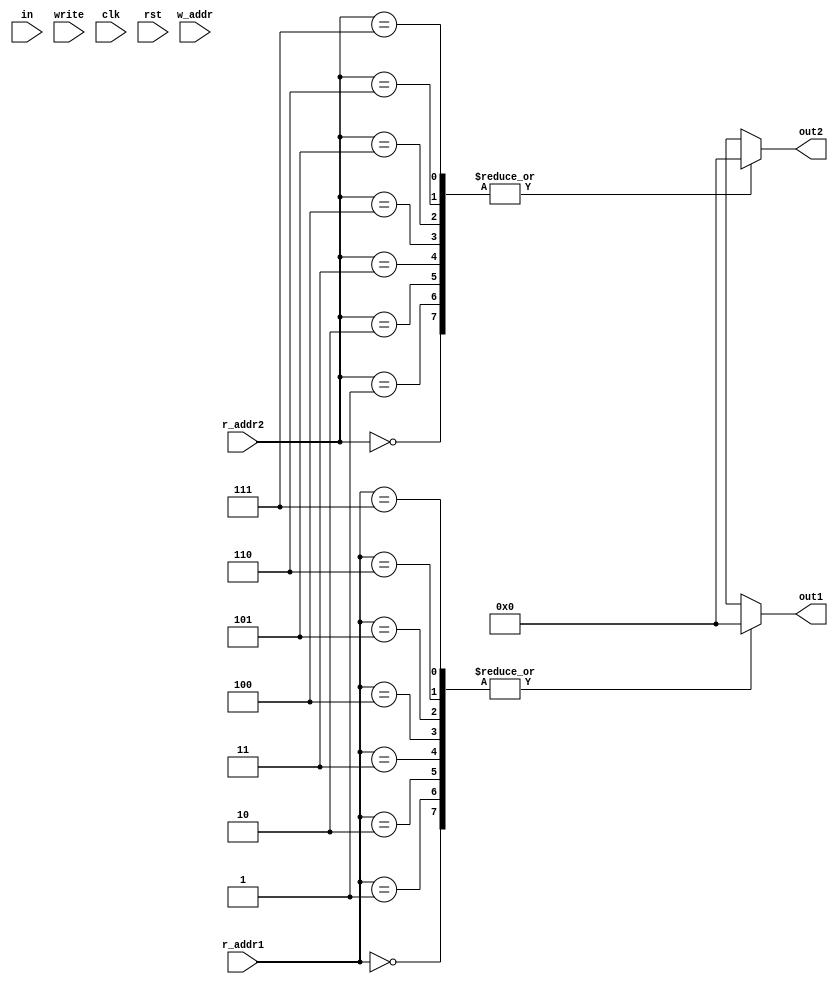
`timescale 1ns/1ps
//`include "clk_gen.v"

module registerFile(in, out1, out2, w_addr, r_addr1, r_addr2, write, clk, rst);
    input write, clk, rst;
    input [2:0] w_addr, r_addr1, r_addr2;
    input [7:0] in;
    output [7:0] out1, out2;

    reg [7:0] regFile [7:0];

    integer i;
    always@(rst == 1) begin
        #2 for (i=0; i<8; i=i+1) begin
            regFile[i] = {8{1'b0}};
        end
    end

    always@(negedge clk && in) begin
        if (write == 1 && rst == 0) begin
            $display("writing - R%d - %b", w_addr, in);
            regFile[{{5{1'b0}}, w_addr}] <= in;
        end
    end

    assign #2 out1 = regFile[r_addr1];
    assign #2 out2 = regFile[r_addr2];

endmodule